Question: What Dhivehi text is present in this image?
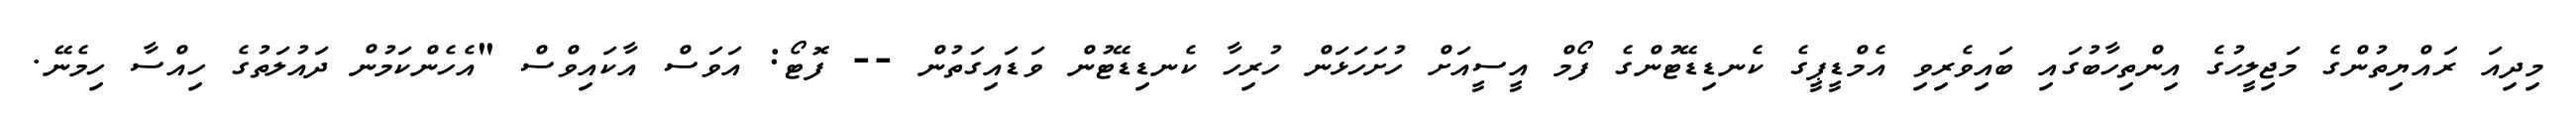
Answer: މިދިއަ ރައްޔިތުންގެ މަޖިލީހުގެ އިންތިހާބުގައި ބައިވެރިވި އެމްޑީޕީގެ ކެނޑިޑޭޓުންގެ ފޯމް އީސީއަށް ހުށަހަޅަން ހުރިހާ ކެނޑިޑޭޓުން ވަޑައިގަތުން -- ފޮޓޯ: އަވަސް އާކައިވްސް "އެހެންކަމުން ދައުލަތުގެ ހިއްސާ ހިމެނޭ.